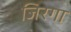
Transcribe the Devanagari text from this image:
जिरगा